Medical and sanitary report of the native army of Bengal for the year
Year: 1878
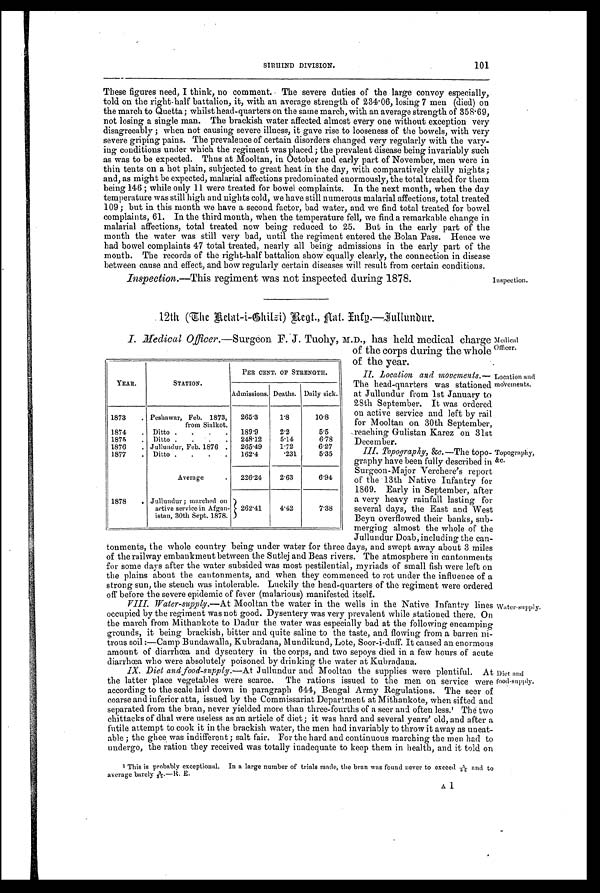
Medical
Officer.
Location and
movements.
SIRHIND DIVISION.
101
These figures need, I think, no comment. The severe duties of the large convoy especially,
told on the rig.ht-half battalion, it, with an average strength of 234.06, losing 7 men (died) on
the march to Quetta; whilst head-quarters on the same march, with an average strength of 358.69,
not losing a single man. The brackish water affected almost every one without exception very
disagreeably ; when not causing severe illness, it gave rise to looseness of the bowels, with very
severe griping pains. The prevalence of certain disorders changed very regularly with the vary-
ing conditions under which the regiment was placed; the prevalent disease being invariably such
as was to be expected. Thus at Mooltan, in October and early part of November, men were in
thin tents on a hot plain, subjected to great heat in the day, with comparatively chilly nights ;
and, as might be expected, malarial affections predominated enormously, the total treated for them
being 146 ; while only 11 were treated for bowel complaints. In the next month, when the day
temperature was still high and nights cold, we have still numerous malarial affections, total treated
109 ; but in this month we have a second factor, bad water, and we find total treated for bowel
complaints, 61. In the third mouth, when the temperature fell, we find a remarkable change in
malarial affections, total treated now being reduced to 25. But in the early part of the
month the water was still very bad, until the regiment entered the Bolan Pass. Hence we
had bowel complaints 47 total treated, nearly all being admissions in the early part of the
mouth. The records of the right-half battalion show equally clearly, the connection in disease
between cause and effect, and how regularly certain diseases will result from certain conditions.
Inspection.—This regiment was not inspected during 1878.
Inspection.
12th (The Relat-i-Bhilzi) Regt., flat. Enfg.—Jullundur.
I. Medical Officer. —Surgeon F. J. Tuohy, M.D., has held medical charge
of the corps during the whole
of the year.
II. Location and movements.
— T h e h e a d - q u a r t e r s w a s s t a t i o n e d
at Jullundur from 1st January to
28th September. It was ordered
on active service and left by rail
for Mooltan on 30th September,
reaching Gulistan Karez on 31st
December.
III. Topography, &c. —The topo-
graphy have been fully described in
Surgeon-Major Verchere's report
of the 13th Native Infantry for
1869. Early in September, after
a very heavy rainfall lasting for
several days, the East and West
Beyn overflowed their banks, sub-
merging almost the whole of the
Jullundur Doab, including the can-
tonments, the whole country being under water for three days, and swept away about 3 miles
of the railway embankment between the Sutlej and Beas rivers. The atmosphere in cantonments
for some days after the water subsided was most pestilential, myriads of small fish were left on
the plains about the cantonments, and when they commenced to rot under the influence of a
strong sun, the stench was intolerable. Luckily the head-quarters of' the regiment were ordered
off before the severe epidemic of fever (malarious) manifested itself.
VIII. Water-suppty. —At Mooltan the water in the wells in the Native Infantry lines
occupied by the regiment was not good. Dysentery was very prevalent while stationed there. On
the march from Mithankote to Dadur the water was especially bad at the following encamping,
grounds, it being brackish, bitter and quite saline to the taste, and flowing from a barren ni-
trous soil :—Camp Bundawalla, Kubradana, Mundikund, Lote, Soor-i-duff. It caused an enormous
amount of diarrhœa and dysentery in the corps, and two sepoys died in a few hours of acute
diarrhœa who were absolutely poisoned by drinking the water at Kubradana.
IX. Diet andlood-supply.— At Jullundur and Mooltan the supplies were plentiful. At
the latter place vegetables were scarce. The rations issued to the men on service were
according to the scale laid down in paragraph 644, Bengal Army Regulations. The seer of
coarse and inferior atta, issued by the Commissariat Department at Mithankote, when sifted and
separated from the bran, never yielded more than three-fourths of a seer and often less. 1 T h e t w o
chittacks of dhal were useless as an article of diet; it was hard and several years' old, and after a
futile attempt to cook it in the brackish water, the men had invariably to throw it away as uneat-
able ; the ghee was indifferent; salt fair. For the hard and continuous marching the men had to
undergo, the ration they received was totally inadequate to keep them in health, and it told on
1 This is probably exceptional. In a large number of trials made, the bran was found never to exceed 5/32 and to
average barely 3/52.—R. E.
A 1
YEAR.
STATION.
PER CENT. OF STRENGTH.
Admissions. Deaths. Daily sick.
1873 . Peshawar, Feb. 1873,
from Sialkot.
265.3
1.8
10.8
1874 . Ditto . . . . 189.9
2.2
5.5
1875 . Ditto . . . . 248.12
5.14
6.78
1876 . Jullundur, Feb. 1876 . 265.49
1.72
6.27
1877 . Ditto . . . . 162.4
. 2 3 1
5.35
Average
. 226.24
2.63
6.94
1878 . Jullundur ; marched on
active service in Afgan-
istau, 30th Sept. 1878.
262.41 4.42
7.38
Topography,
&c.
Water-supply.
Diet and
food-supply.